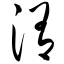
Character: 洧